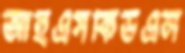
আইএসকিউএল